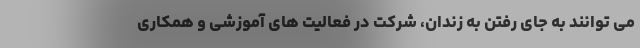
می توانند به جای رفتن به زندان، شرکت در فعالیت های آموزشی و همکاری